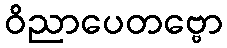
ဝိညာပေတဗ္ဗော